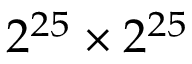
2 ^ { 2 5 } \times 2 ^ { 2 5 }